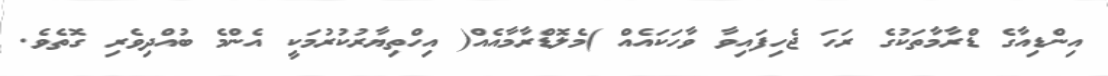
އިންޑިއާގެ ޑްރާމާތަކުގެ ރަހަ ޖެހިފައިވާ ވާހަކައެއް )މެލޮޑްރާމާއެއް( އިހްތިޔާރުކުރުމަކީ އެންމެ ބުއްދިވެރި ގޮތެވެ.